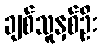
ချစ်သူနှစ်ဦး